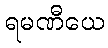
ရမဏီယေ